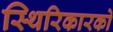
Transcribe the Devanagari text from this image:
स्थिरिकारको